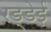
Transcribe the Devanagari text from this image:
रड्डेई